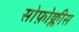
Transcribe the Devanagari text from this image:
सोफ़ोक्लीस